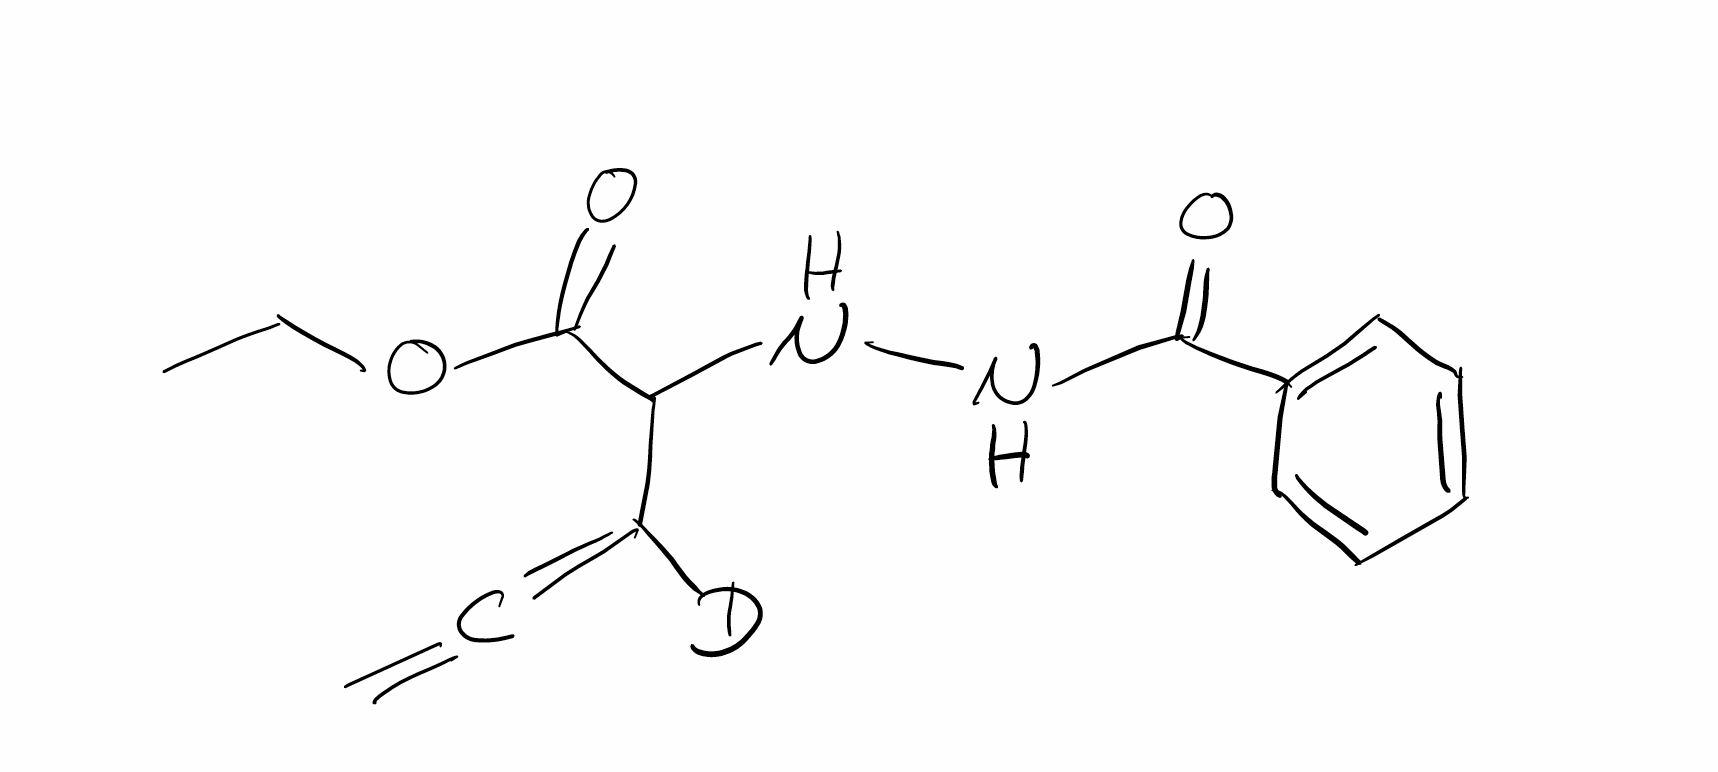
Simplified molecular-input line-entry system (SMILES) notation of the given molecule:
[2H]C(=C=C)C(C(=O)OCC)NNC(=O)C1=CC=CC=C1